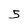
Character: 3